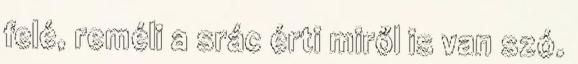
felé, reméli a srác érti miről is van szó.